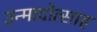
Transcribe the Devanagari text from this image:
उन्मादोत्साह